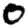
Digit: 0